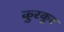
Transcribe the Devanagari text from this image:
कुरकूर